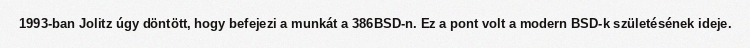
1993-ban Jolitz úgy döntött, hogy befejezi a munkát a 386BSD-n. Ez a pont volt a modern BSD-k születésének ideje.